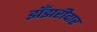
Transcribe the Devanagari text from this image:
झँझरीदार